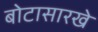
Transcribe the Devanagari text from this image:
बोटासारखे